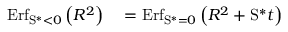
\begin{array} { r l } { \mathrm { E r f } _ { \mathrm { S } ^ { \ast } < 0 } \left( R ^ { 2 } \right) } & { { } = \mathrm { E r f } _ { \mathrm { S } ^ { \ast } = 0 } \left( R ^ { 2 } + \mathrm { S } ^ { \ast } t \right) } \end{array}